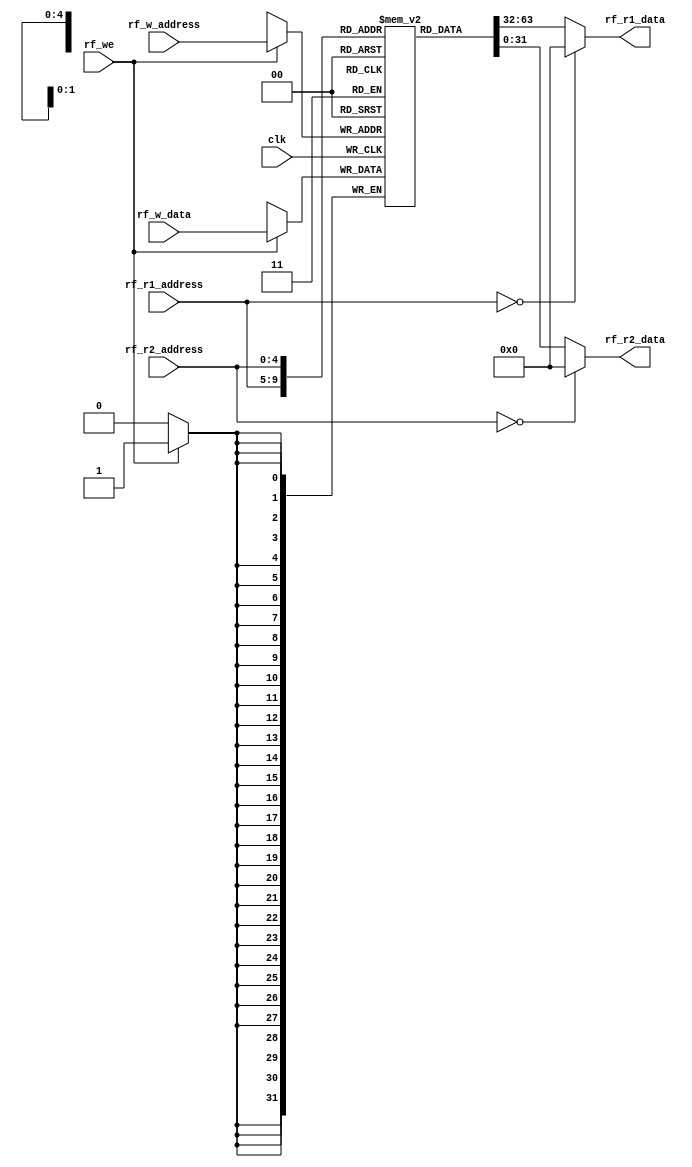
`timescale 1ns / 1ps


module rf(
    input wire[4:0] rf_r1_address,
    input wire[4:0] rf_r2_address,
    input wire[4:0] rf_w_address,
    input wire[31:0] rf_w_data,
    input wire rf_we,
    input wire clk,

    output wire[31:0] rf_r1_data,
    output wire[31:0] rf_r2_data
    );

    //  reg 
    reg[31:0] gpr[31:0];
    
    //
    assign rf_r1_data = (rf_r1_address == 0) ? 32'h0000_0000 : gpr[rf_r1_address];
    assign rf_r2_data = (rf_r2_address == 0) ? 32'h0000_0000 : gpr[rf_r2_address];

    // Zan:""
    always @ (posedge clk) begin
        if (rf_we) begin
            gpr[rf_w_address] <= rf_w_data;
        end
    end
endmodule